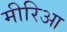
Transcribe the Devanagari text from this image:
मीरिआ